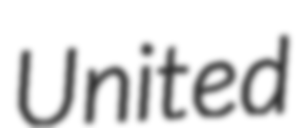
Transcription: United